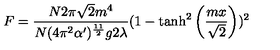
F = \frac { N 2 \pi \sqrt { 2 } m ^ { 4 } } { N ( 4 \pi ^ { 2 } \alpha ^ { \prime } ) ^ { \frac { 1 1 } { 2 } } g 2 \lambda } ( 1 - \tanh ^ { 2 } \left( \frac { m x } { \sqrt { 2 } } \right) ) ^ { 2 }